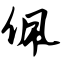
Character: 佩